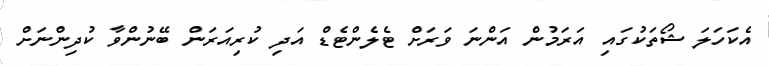
އެކަހަލަ ޝޯތަކުގައި އަރަމުން އަންނަ ވަރަށް ޓެލެންޓެޑް އަދި ކުރިއަރަން ބޭނުންވާ ކުދިންނަށް